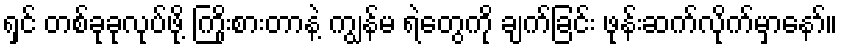
ရှင် တစ်ခုခုလုပ်ဖို့ ကြိုးစားတာနဲ့ ကျွန်မ ရဲတွေကို ချက်ခြင်း ဖုန်းဆက်လိုက်မှာနော်။